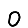
Digit: 0